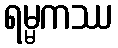
ရမ္မကဿ